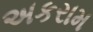
અકરામ